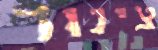
צינור